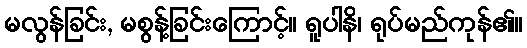
မလွန်ခြင်း, မစွန့်ခြင်းကြောင့်။ ရူပါနိ၊ ရုပ်မည်ကုန်၏။